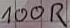
Text: 100R